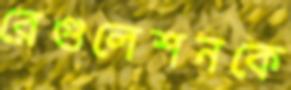
রেগুলেশনকে